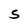
Character: S